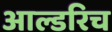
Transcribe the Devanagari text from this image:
आल्डरिच